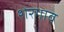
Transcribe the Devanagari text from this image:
शेरगाव